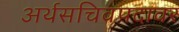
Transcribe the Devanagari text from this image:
अर्थसचिवपदावर